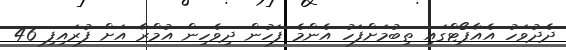
ދެދުވަހު އެއާޕޯޓްގައި ތިބުމަށްފަހު އެންމެ ފަހުން ދިވެހިން އުމްރާ އަށް ފުރައިފި 46